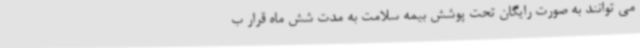
می توانند به صورت رایگان تحت پوشش بیمه سلامت به مدت شش ماه قرار ب